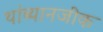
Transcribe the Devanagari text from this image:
थांब्यानजीक